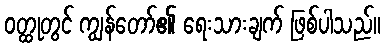
ဝတ္ထုတွင် ကျွန်တော်၏ ရေးသားချက် ဖြစ်ပါသည်။